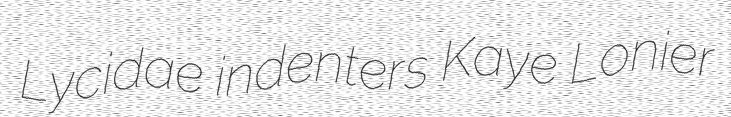
Lycidae indenters Kaye Lonier